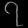
Digit: ၇